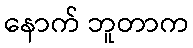
နောက် ဘူတာက